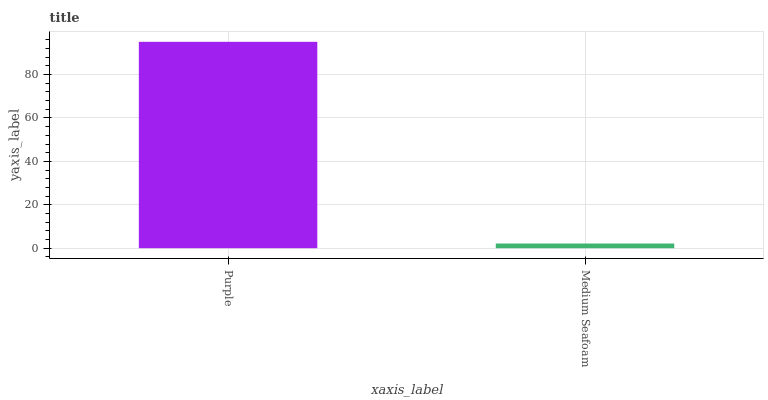
| xaxis_label | bars |
 | --- | --- |
 | Purple | 95.1 |
 | Medium Seafoam | 2.16 |